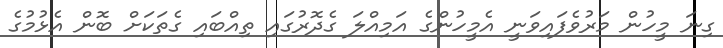
ގިނަ މީހުން މަރުވެފައިވަނީ އެމީހުންގެ އަމިއްލަ ގެދޮރުގައި ތިއްބައި ގެތަކަށް ބޮން އެޅުމުގެ